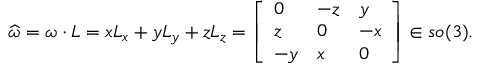
{ \widehat { \boldsymbol { \omega } } } = { \boldsymbol { \omega } } \cdot { \boldsymbol { L } } = x { \boldsymbol { L } } _ { x } + y { \boldsymbol { L } } _ { y } + z { \boldsymbol { L } } _ { z } = { \left[ \begin{array} { l l l } { 0 } & { - z } & { y } \\ { z } & { 0 } & { - x } \\ { - y } & { x } & { 0 } \end{array} \right] } \in { \mathfrak { s o } } ( 3 ) .